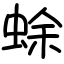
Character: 蜍